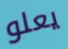
يعلو